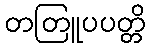
တတြူပပတ္တိ